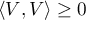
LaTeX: \left\langle V , V \right\rangle \geq 0